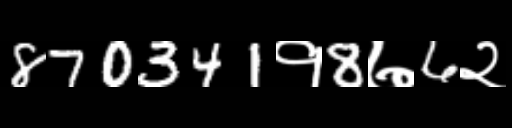
Text: 870341१8७6२